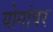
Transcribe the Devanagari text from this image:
योगांवर